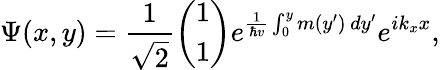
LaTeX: \Psi(x,y)=\frac{1}{\sqrt{2}}\left(\begin{array}{l}{1}\\ {1}\end{array}\right)e^{\frac{1}{\hbar v}\int_{0}^{y}m(y^{\prime})\, dy^{\prime}}e^{ik_{x}x},